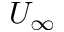
U _ { \infty }